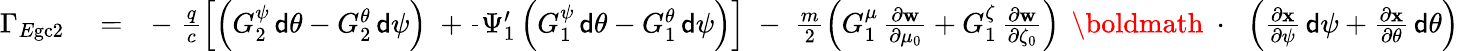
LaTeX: \begin{array}{rlr}{\Gamma_{E\mathrm{gc}2}}&{{}=}&{-\; \frac{q}{c}\left[\left(G_{2}^{\psi}\, {\sf d}\theta-G_{2}^{\theta}\, {\sf d}\psi\right)\; +\frac{}{}\Psi_{1}^{\prime}\left(G_{1}^{\psi}\, {\sf d}\theta-G_{1}^{\theta}\, {\sf d}\psi\right)\right]\; -\; \frac{m}{2}\left(G_{1}^{\mu}\, \frac{\partial\mathbf w}{\partial\mu_{0}}+G_{1}^{\zeta}\, \frac{\partial\mathbf w}{\partial\zeta_{0}}\right)\, \mathrm{~\boldmath~\cdot~}\, \left(\frac{\partial\mathbf x}{\partial\psi}\, {\sf d}\psi+\frac{\partial\mathbf x}{\partial\theta}\, {\sf d}\theta\right)}\end{array}